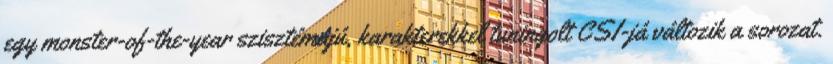
egy monster-of-the-year szisztémájú, karakterekkel tuningolt CSI-já változik a sorozat.